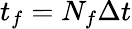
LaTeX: t_{f}=N_{f}\Delta t